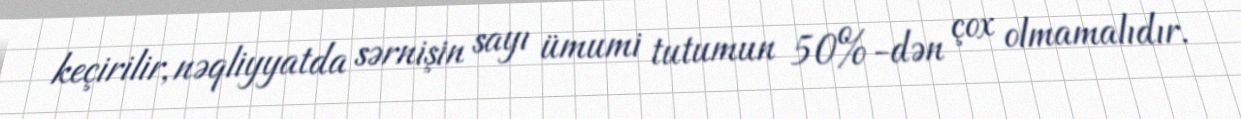
keçirilir, nəqliyyatda sərnişin sayı ümumi tutumun 50%-dən çox olmamalıdır.